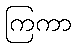
ကြကာ